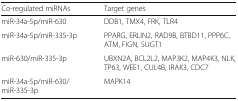
| Co-regulated miRNAs | Target genes |
 | --- | --- |
 | miR-34a-5p/miR-630 | DDB1, TMX4, FRK, TLR4 |
 | miR-34a-5p/miR-335-3p | PPARG, ERLIN2, RAD9B, BTBD11, PPP6C, ATM, FIGN, SUGT1 |
 | miR-630/miR-335-3p | UBXN2A, BCL2L2, MAP3K2, MAP4K3, NLK, TP63, WEE1, CUL4B, IRAK3, CDC7 |
 | miR-34a-5p/miR-630/miR-335-3p | MAPK14 |